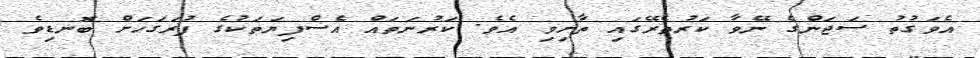
އެވަގުތު ސަޖަންގެ ނޭވާ ކަރުތެރޭގައި ތާށިވި އެވެ. ކަރުނަތައް އެސްފިޔަތަކުގެ ފުރަގަހަށް ބޮނޑިވެ